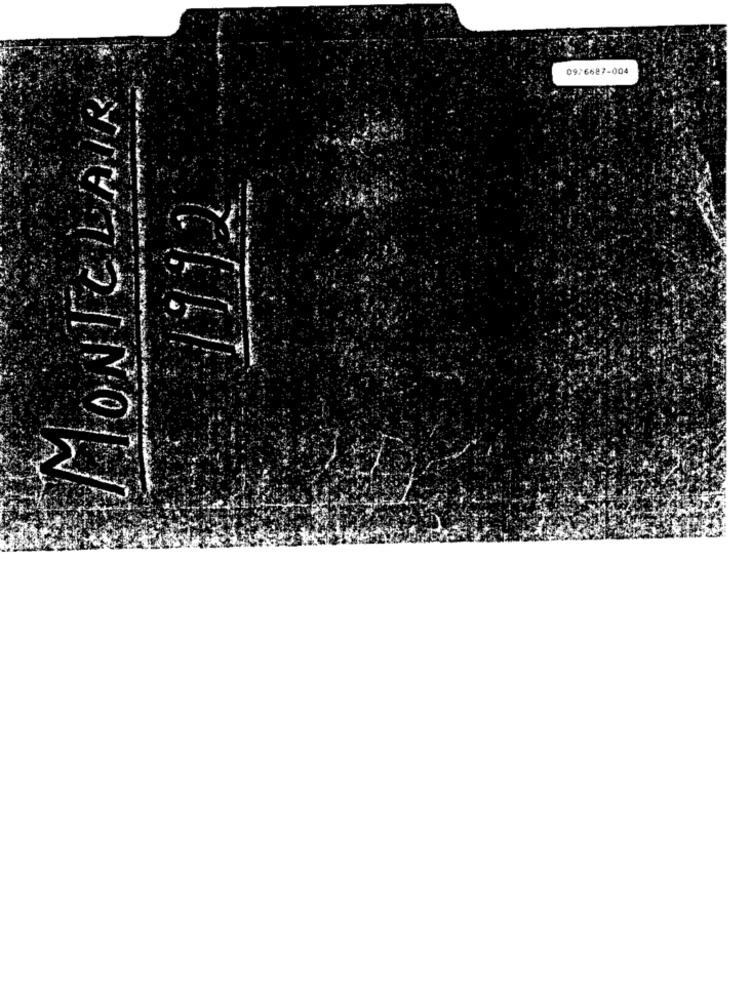
09/6687-004
MONTCLAIR